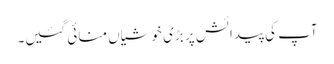
آپ کی پیدائش پر بڑی خوشیاں منائی گئیں۔